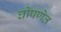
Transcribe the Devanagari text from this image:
घोषणेत